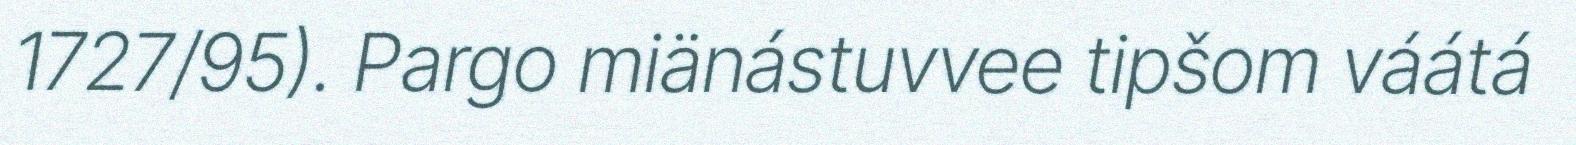
1727/95). Pargo miänástuvvee tipšom váátá